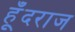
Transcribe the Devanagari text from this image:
हूँदराज